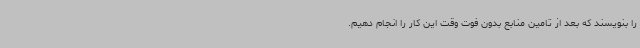
را بنویسند که بعد از تامین منابع بدون فوت وقت این کار را انجام دهیم.